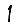
Digit: 1